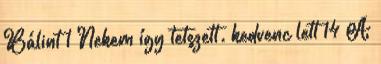
Bálint 1 Nekem így tetszett. kedvenc lett 14 A